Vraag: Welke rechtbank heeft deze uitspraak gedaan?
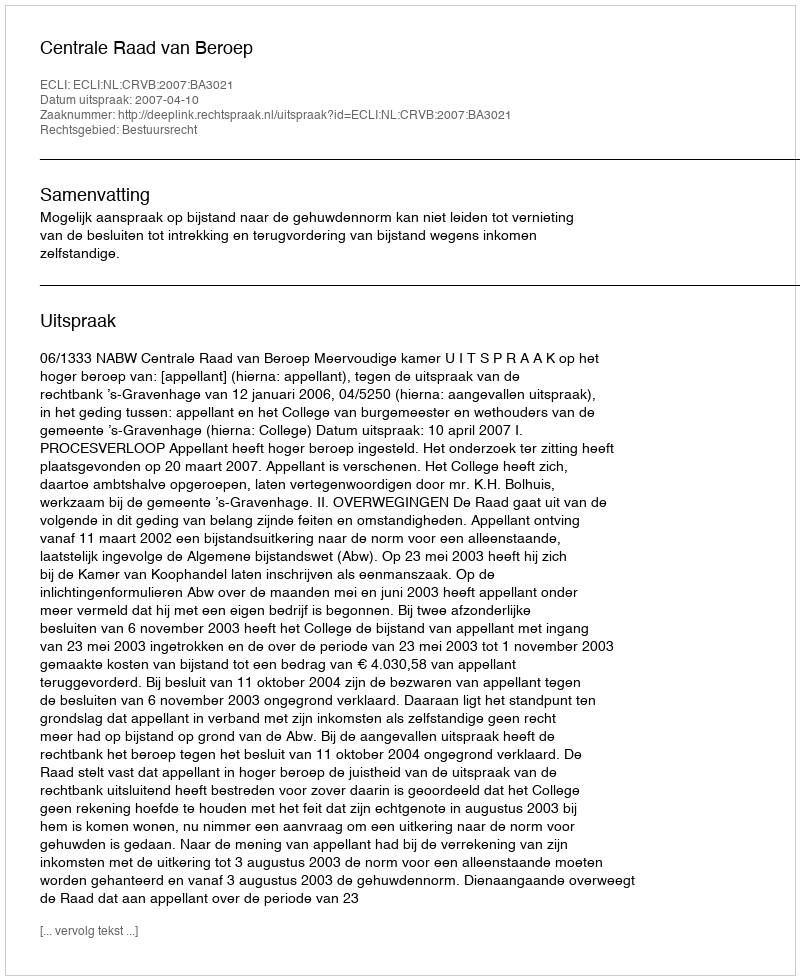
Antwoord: Centrale Raad van Beroep